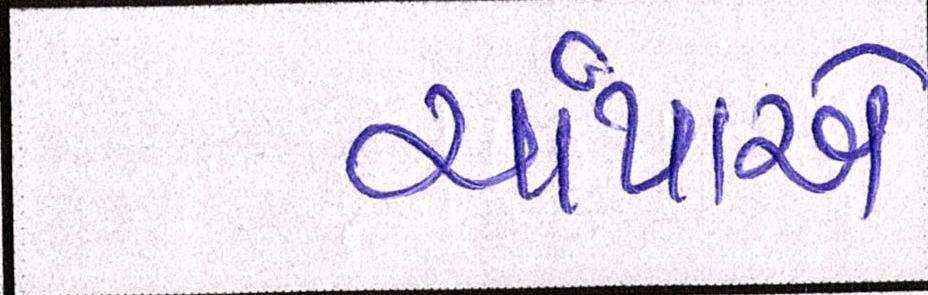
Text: ચાંપાએ